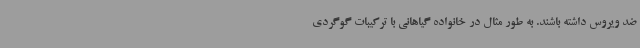
ضد ویروس داشته باشند. به طور مثال در خانواده گیاهانی با ترکیبات گوگردی